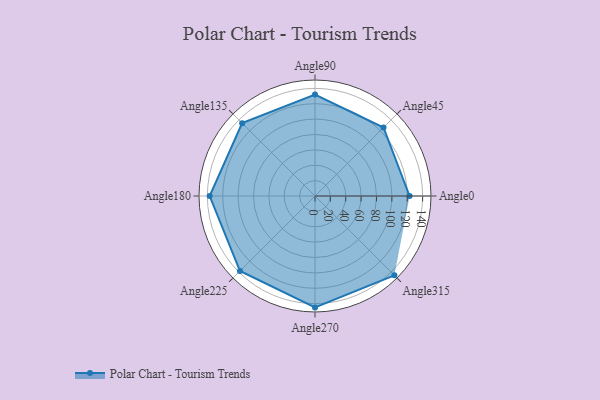
{"axis": {"x": "Angle", "y": "Radius"}, "legend": [""], "data": [{"x": "Angle0", "y": 123.0, "type": ""}, {"x": "Angle45", "y": 126.0, "type": ""}, {"x": "Angle90", "y": 132.0, "type": ""}, {"x": "Angle135", "y": 134.0, "type": ""}, {"x": "Angle180", "y": 137.0, "type": ""}, {"x": "Angle225", "y": 138.0, "type": ""}, {"x": "Angle270", "y": 145.0, "type": ""}, {"x": "Angle315", "y": 146.0, "type": ""}]}